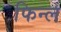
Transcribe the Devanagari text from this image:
फिन्ल